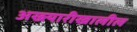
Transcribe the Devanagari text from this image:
अख्त्यारीखालील